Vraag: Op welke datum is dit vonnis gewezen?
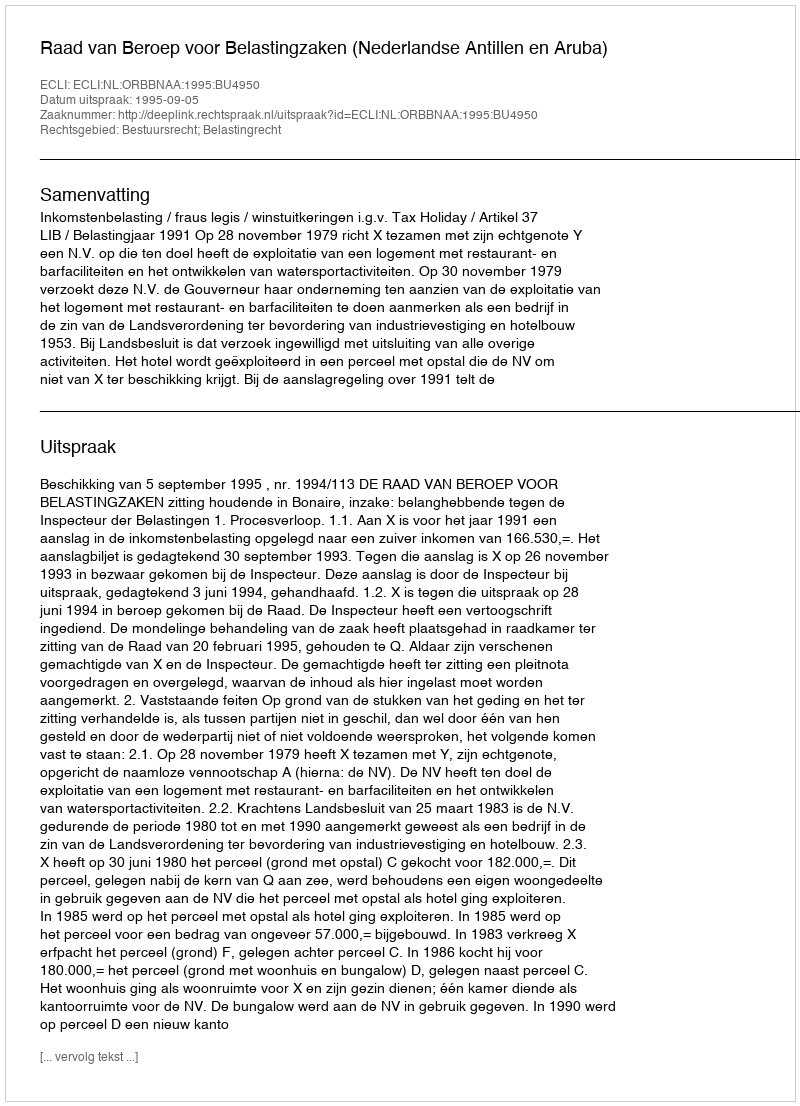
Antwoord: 1995-09-05